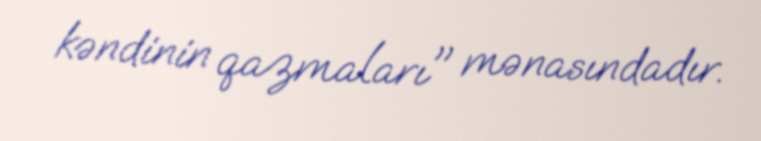
kəndinin qazmaları" mənasındadır.